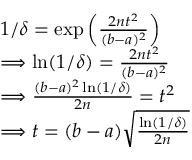
\begin{array} { r l } & { 1 / \delta = \exp \left( { \frac { 2 n t ^ { 2 } } { ( b - a ) ^ { 2 } } } \right) } \\ & { \Longrightarrow \ln ( 1 / \delta ) = { \frac { 2 n t ^ { 2 } } { ( b - a ) ^ { 2 } } } } \\ & { \Longrightarrow \frac { ( b - a ) ^ { 2 } \ln ( 1 / \delta ) } { 2 n } = t ^ { 2 } } \\ & { \Longrightarrow t = ( b - a ) \sqrt { \frac { \ln ( 1 / \delta ) } { 2 n } } } \end{array}